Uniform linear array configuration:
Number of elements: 4
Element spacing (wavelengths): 1
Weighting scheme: blackman
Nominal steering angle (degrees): -60
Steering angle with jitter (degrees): -58.425
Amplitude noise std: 0.05
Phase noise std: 0.05

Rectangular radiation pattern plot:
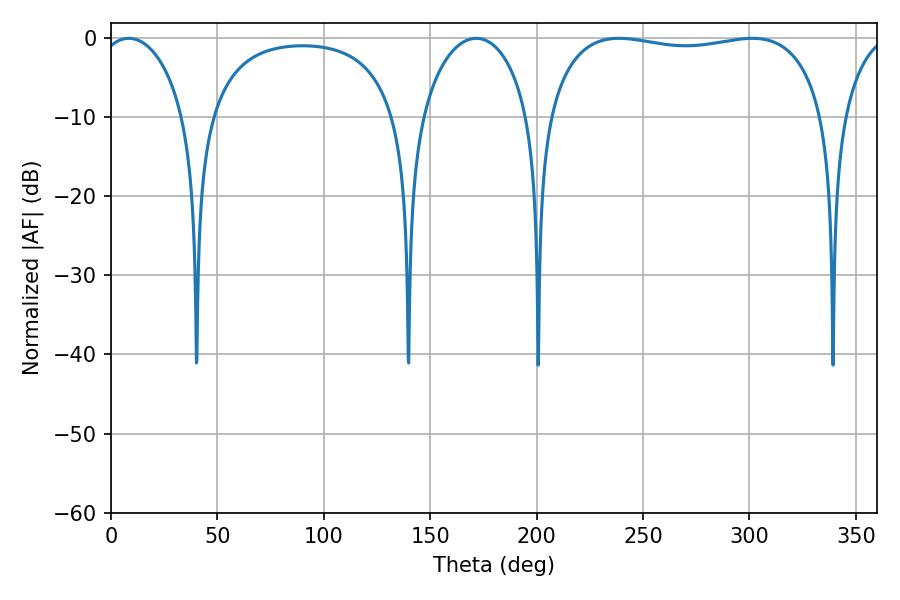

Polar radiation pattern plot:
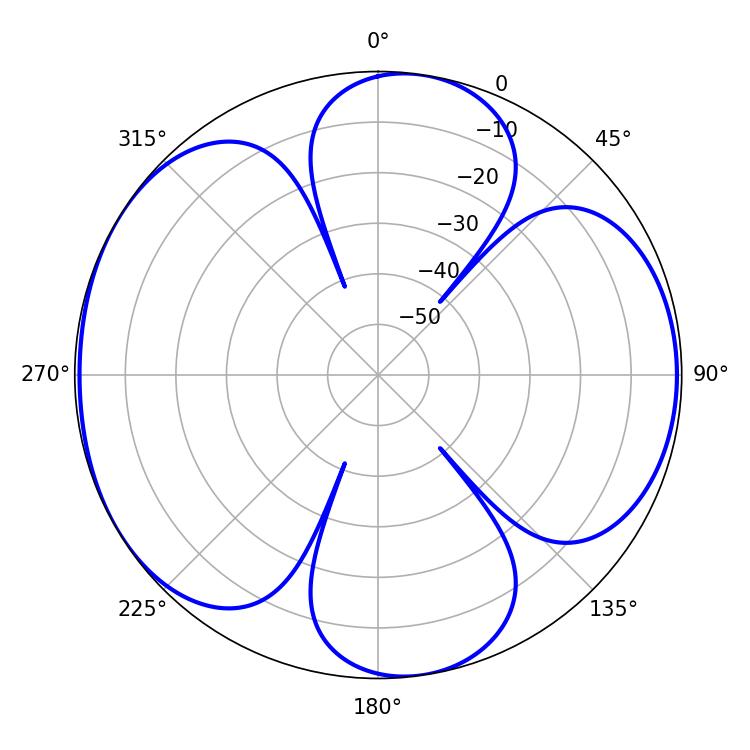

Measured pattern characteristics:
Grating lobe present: TRUE
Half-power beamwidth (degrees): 105.48
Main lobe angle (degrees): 238.68